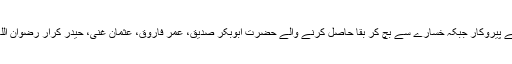
خسارہ پاکر فنا ہو جانے والے ابوجہل اور اس کے پیروکار جبکہ خسارے سے بچ کر بقا حاصل کرنے والے حضرت ابوبکر صدیق، عمرِ فاروق، عثمانِ غنی، حیدرِ کرار رضوان اللہ علیہم اجمعین اور ان کی اتباع کرنے والے ہیں۔